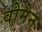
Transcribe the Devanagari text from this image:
वोमेन